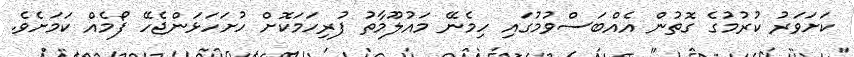
ކަށަވަރު ކުރުމުގެ ގޮތުން އެއްބަސްވުމުގައި ހިމެނޭ މައުލޫމާތު ފުރިހަމަކޮށް ހުށަހަޅަންޖެހޭ ފޯމެއް ކަމަށެވެ.